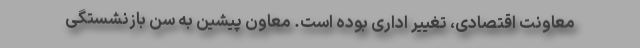
معاونت اقتصادی، تغییر اداری بوده است. معاون پیشین به سن بازنشستگی